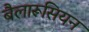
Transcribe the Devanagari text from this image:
बैलारूसियन